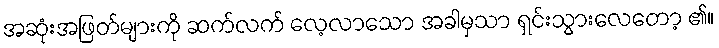
အဆုံးအဖြတ်များကို ဆက်လက် လေ့လာသော အခါမှသာ ရှင်းသွားလေတော့ ၏။